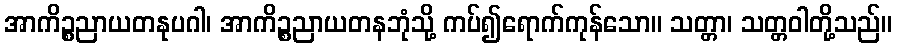
အာကိဉ္စညာယတနုပဂါ၊ အာကိဉ္စညာယတနဘုံသို့ ကပ်၍ရောက်ကုန်သော။ သတ္တာ၊ သတ္တဝါတို့သည်။